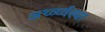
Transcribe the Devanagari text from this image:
अर्थ्व्य्वस्था